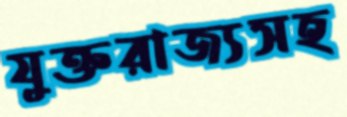
যুক্তরাজ্যসহ